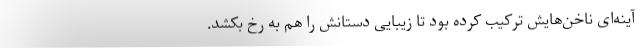
آینه‌ای ناخن‌هایش ترکیب کرده بود تا زیبایی دستانش را هم به رخ بکشد.